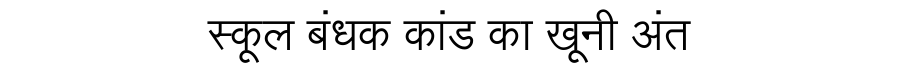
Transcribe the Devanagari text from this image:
स्कूल बंधक कांड का खूनी अंत